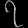
Digit: ၇